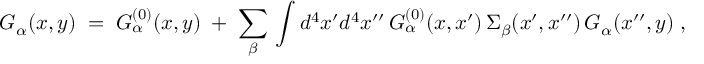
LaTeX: G _ { \alpha } ( x , y ) \; = \; G _ { \alpha } ^ { ( 0 ) } ( x , y ) \; + \; \sum _ { \beta } \, \int d ^ { 4 } x ^ { \prime } d ^ { 4 } x ^ { \prime \prime } \, G _ { \alpha } ^ { ( 0 ) } ( x , x ^ { \prime } ) \, \Sigma _ { \beta } ( x ^ { \prime } , x ^ { \prime \prime } ) \, G _ { \alpha } ( x ^ { \prime \prime } , y ) \; ,